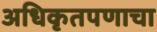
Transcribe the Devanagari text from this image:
अधिकृतपणाचा